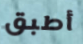
أطبق